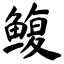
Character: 鳆